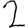
Digit: 2